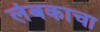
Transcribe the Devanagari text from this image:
लंबकाचा